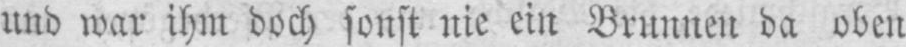
und war ihm doch sonst nie ein Brunnen da oben